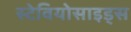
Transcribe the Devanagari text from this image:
स्टेवियोसाइड्स